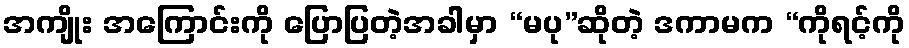
အကျိုး အကြောင်းကို ပြောပြတဲ့အခါမှာ “မပု”ဆိုတဲ့ ဒကာမက “ကိုရင့်ကို